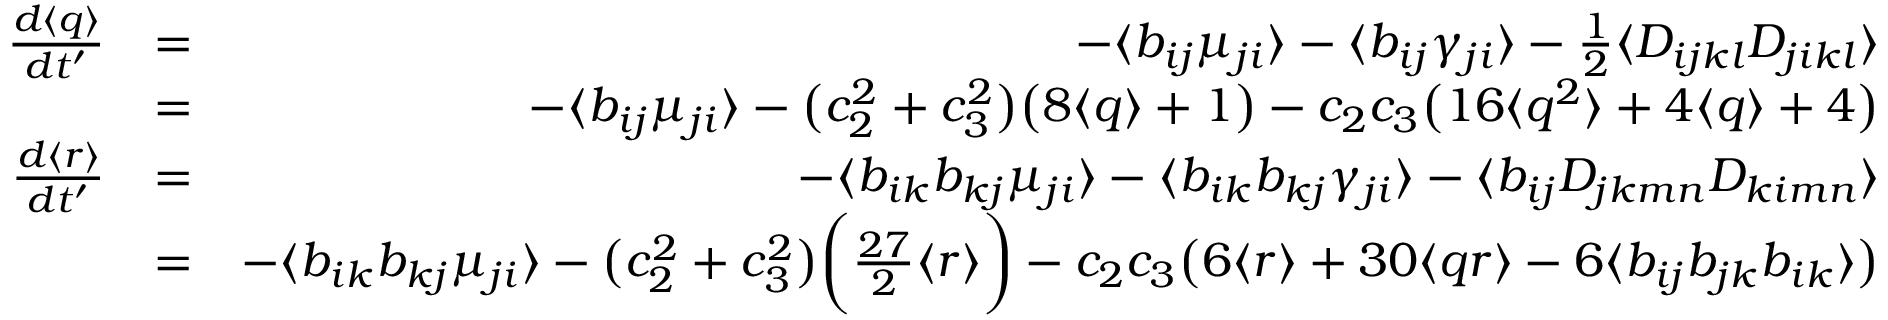
\begin{array} { r l r } { \frac { d \langle q \rangle } { d t ^ { \prime } } } & { = } & { - \langle b _ { i j } \mu _ { j i } \rangle - \langle b _ { i j } \gamma _ { j i } \rangle - \frac { 1 } { 2 } \langle D _ { i j k l } D _ { j i k l } \rangle } \\ & { = } & { - \langle b _ { i j } \mu _ { j i } \rangle - \big ( c _ { 2 } ^ { 2 } + c _ { 3 } ^ { 2 } \big ) \big ( 8 \langle q \rangle + 1 \big ) - c _ { 2 } c _ { 3 } \big ( 1 6 \langle q ^ { 2 } \rangle + 4 \langle q \rangle + 4 \big ) } \\ { \frac { d \langle r \rangle } { d t ^ { \prime } } } & { = } & { - \langle b _ { i k } b _ { k j } \mu _ { j i } \rangle - \langle b _ { i k } b _ { k j } \gamma _ { j i } \rangle - \langle b _ { i j } D _ { j k m n } D _ { k i m n } \rangle } \\ & { = } & { - \langle b _ { i k } b _ { k j } \mu _ { j i } \rangle - \big ( c _ { 2 } ^ { 2 } + c _ { 3 } ^ { 2 } \big ) \bigg ( \frac { 2 7 } { 2 } \langle r \rangle \bigg ) - c _ { 2 } c _ { 3 } \big ( 6 \langle r \rangle + 3 0 \langle q r \rangle - 6 \langle b _ { i j } b _ { j k } b _ { i k } \rangle \big ) } \end{array}